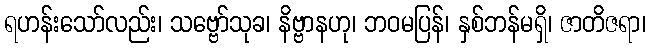
ရဟန်းသော်လည်း၊ သဗ္ဗော်သုခ၊ နိဗ္ဗာနဟု၊ ဘဝမပြန်၊ နှစ်ဘန်မရှိ၊ ဇာတိဇရာ၊